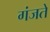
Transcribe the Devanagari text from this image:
गंजते